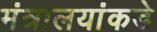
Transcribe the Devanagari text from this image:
मंत्रालयांकडे